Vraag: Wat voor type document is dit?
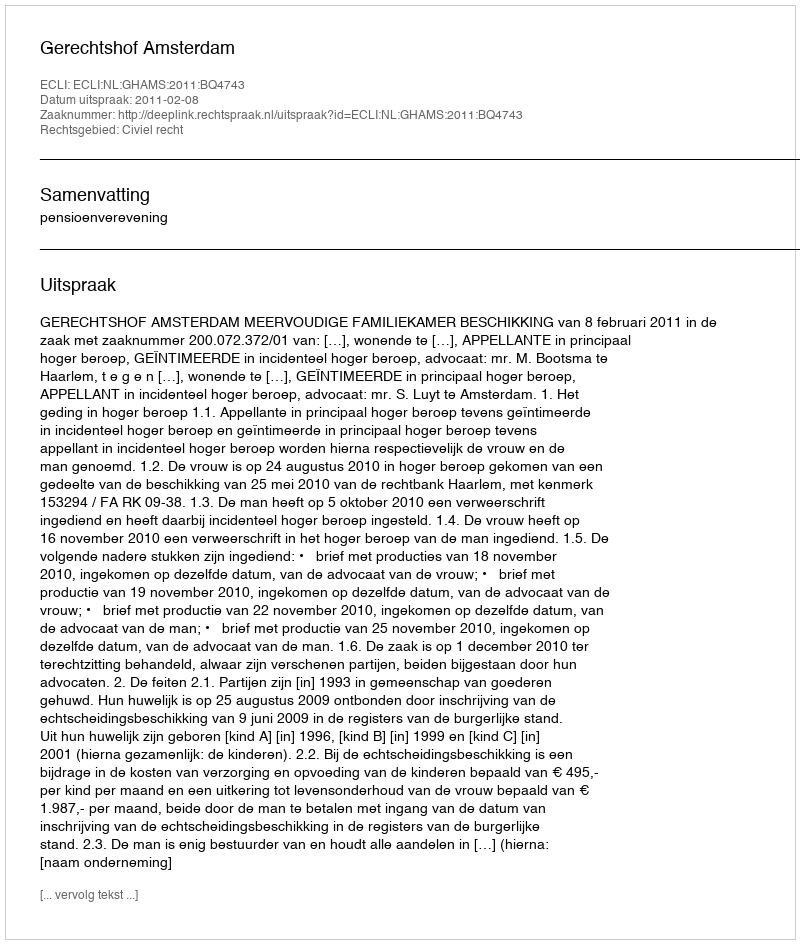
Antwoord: Uitspraak